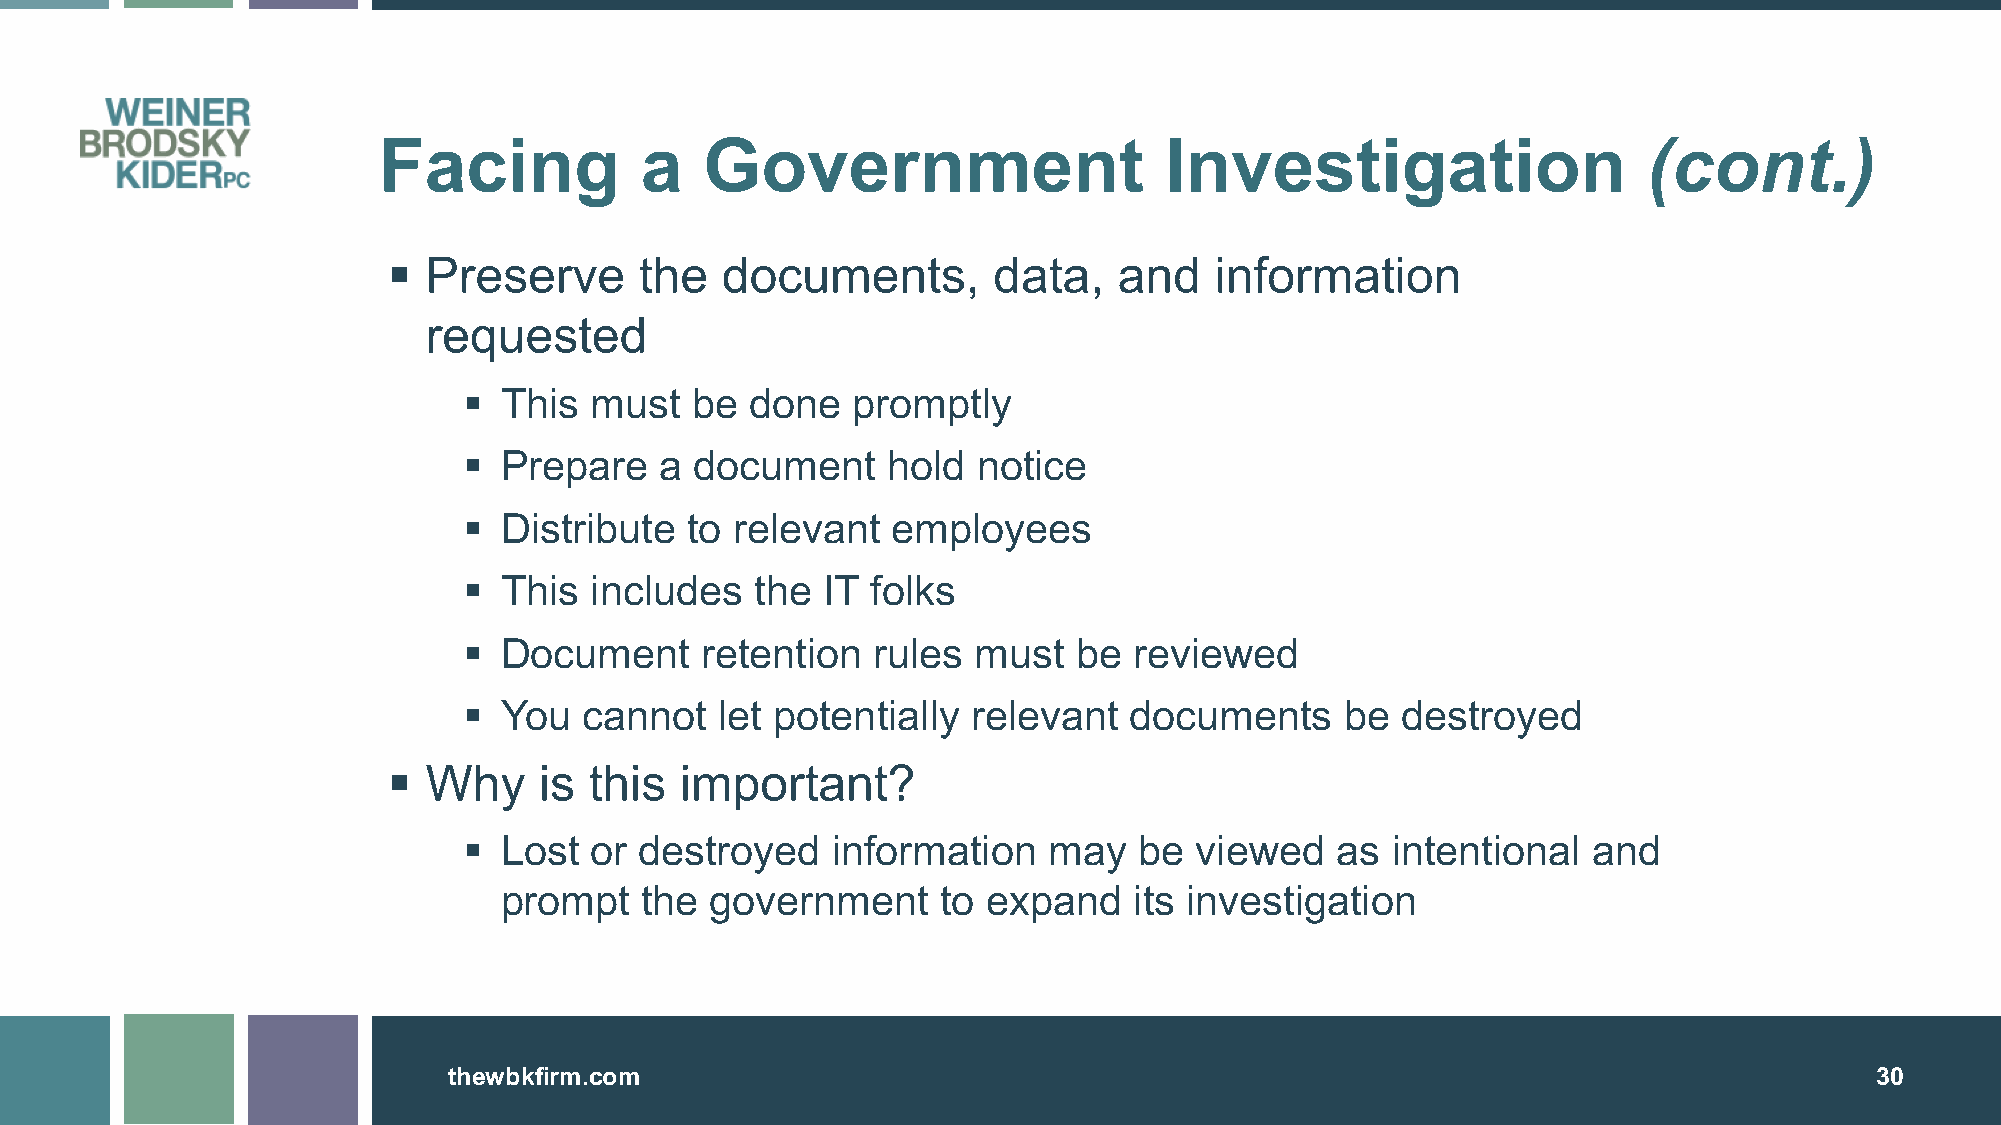
Facing           a    Government                    Investigation                   (cont.)
 § Preserve      the   documents,        data,   and   information
 requested
 § This  must   be  done  promptly
 § Prepare    a document     hold  notice
 § Distribute  to relevant   employees
 § This  includes   the IT  folks
 § Document     retention   rules must   be  reviewed
 § You   cannot   let potentially relevant   documents     be  destroyed
 § Why     is this  important?
 § Lost  or destroyed    information   may   be  viewed   as  intentional  and
 prompt   the  government     to expand    its investigation
 tthheewwbbkkffiirrmm..ccoomm                                                                  3300